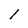
Character: l